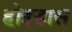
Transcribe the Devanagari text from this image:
होइडास